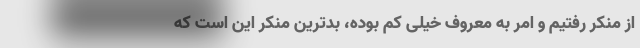
از منکر رفتیم و امر به معروف خیلی کم بوده، بدترین منکر این است که